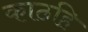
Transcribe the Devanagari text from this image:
काठहि